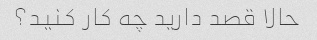
حالا قصد دارید چه کار کنید؟